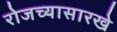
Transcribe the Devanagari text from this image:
रोजच्यासारखे